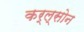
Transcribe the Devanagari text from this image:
कर्ल्सोन